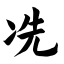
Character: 冼